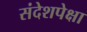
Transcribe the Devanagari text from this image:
संदेशपेक्षा